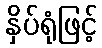
နှိပ်ရုံဖြင့်